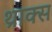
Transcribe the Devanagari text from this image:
थ्राक्स